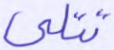
تتلى